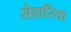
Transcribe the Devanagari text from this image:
सेहारिया